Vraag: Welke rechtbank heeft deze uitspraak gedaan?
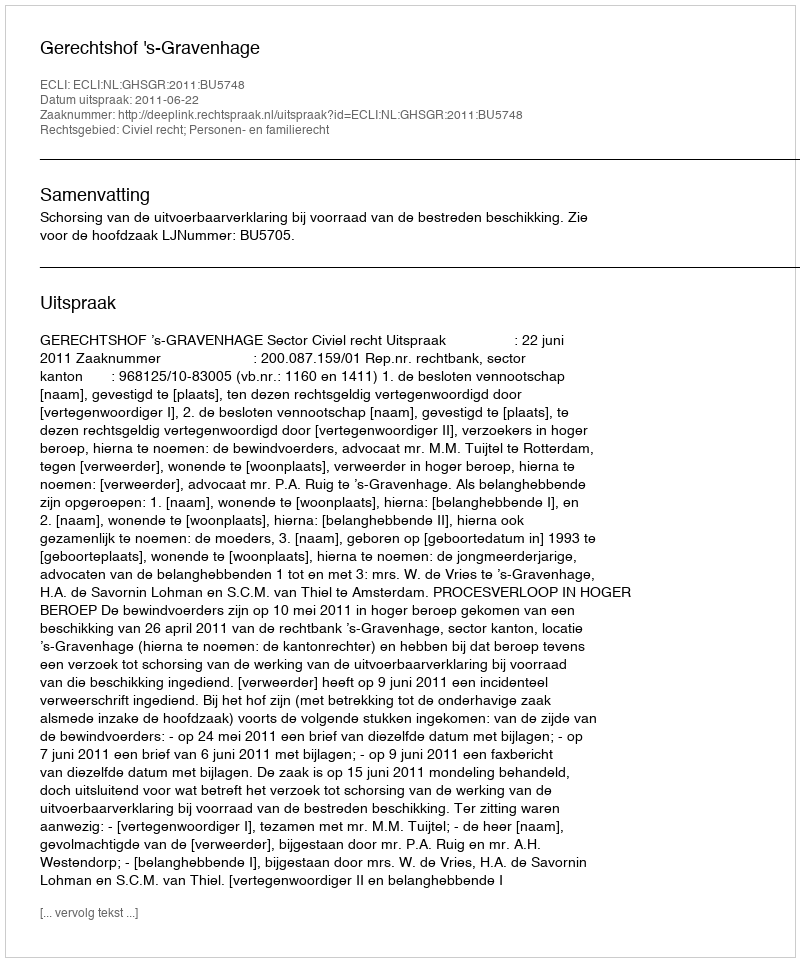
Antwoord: Gerechtshof 's-Gravenhage